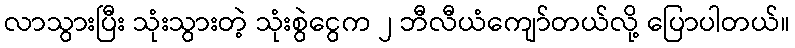
လာသွားပြီး သုံးသွားတဲ့ သုံးစွဲငွေက ၂ ဘီလီယံကျော်တယ်လို့ ပြောပါတယ်။